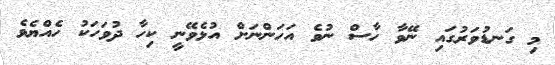
މި ގަނޑުވަރުގައި ނޭވާ ހާސް ނުވެ އަހަންނަށް އުޅެވޭނީ ކިހާ ދުވަހަކު ހެއްޔެވެ